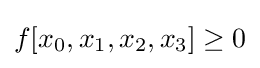
f[x_{0},x_{1},x_{2},x_{3}]\geq 0